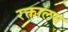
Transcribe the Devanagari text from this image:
रक्तालय